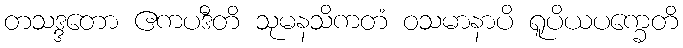
တသဒ္ဒတော ဧကပဒီတိ သုမနသိကတံ ဝသမာနာပိ ရူပိယပက္ခေတိ